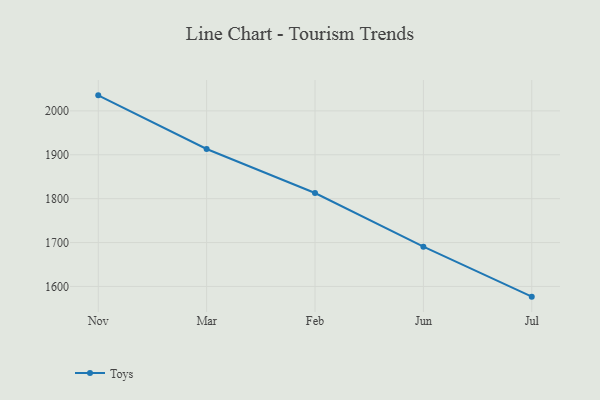
{"axis": {"x": "Month", "y": "Inventory Turnover"}, "legend": ["Toys"], "data": [{"x": "Nov", "y": 2035.4, "type": "Toys"}, {"x": "Mar", "y": 1913.2, "type": "Toys"}, {"x": "Feb", "y": 1812.9, "type": "Toys"}, {"x": "Jun", "y": 1690.6, "type": "Toys"}, {"x": "Jul", "y": 1576.8, "type": "Toys"}]}